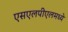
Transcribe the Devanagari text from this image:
एसएलपीएलमध्ये